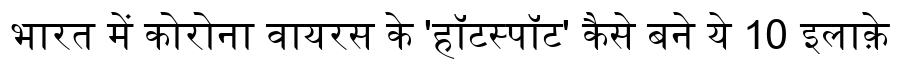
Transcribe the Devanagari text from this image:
भारत में कोरोना वायरस के 'हॉटस्पॉट' कैसे बने ये 10 इलाक़े